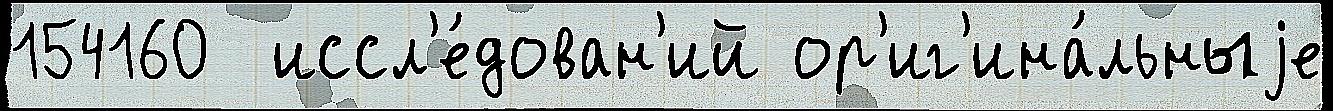
154160  иссл'е́дован'ий ор'иг'ина́льныjе